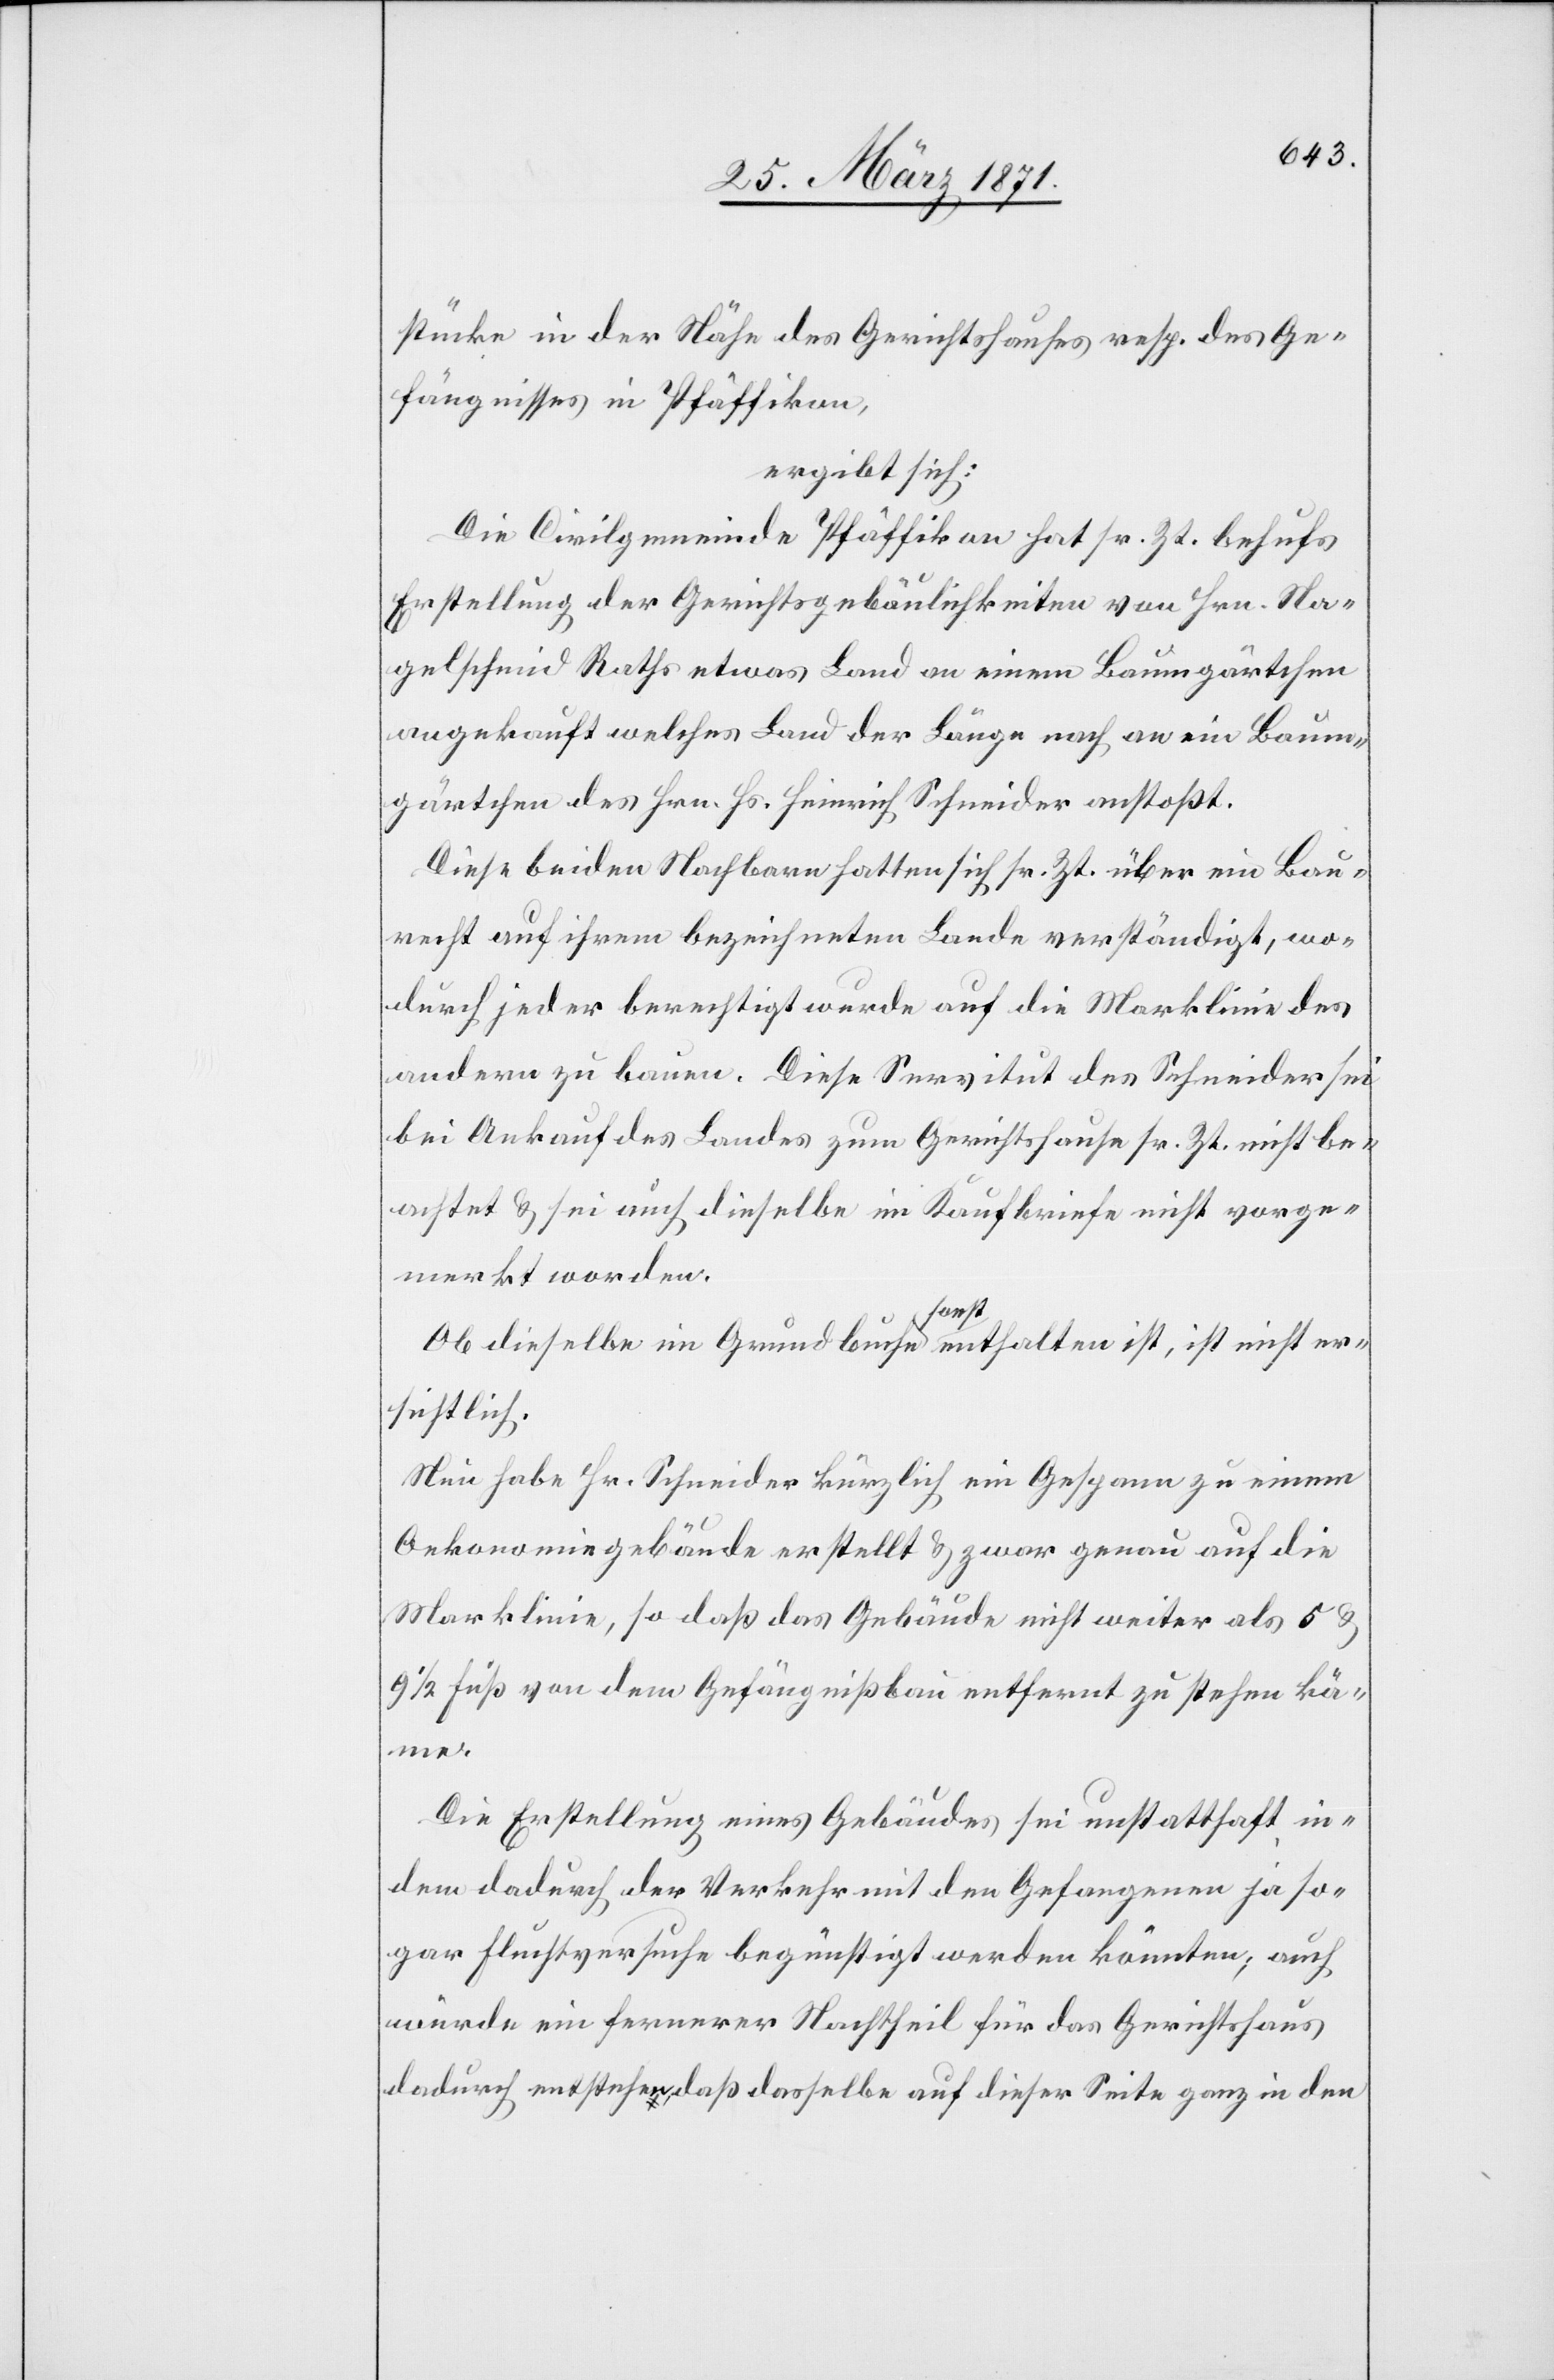
stücke in der Nähe des Gerichtshauses resp. des Ge¬
fängnisses in Pfäffikon,
ergibt sich:
Die Civilgemeinde Pfäffikon hat sr. Zt. behufs
Erstellung der Gerichtsgebäulichkeiten von Hrn. Na¬
gelschmid Raths etwas Land an einem Baumgärtchen
angekauft welches Land der Länge nach an ein Baum¬
gärtchen des Hrn. Hs. Heinrich Schneider anstoßt.
Diese beiden Nachbarn hatten sich sr. Zt. über ein Bau¬
recht auf ihrem bezeichneten Lande verständigt, wo¬
durch jeder berechtigt wurde auf die Marklinie des
andern zu bauen. Diese Servitut des Schneider sei
bei Ankauf des Landes zum Gerichtshause sr. Zt. nicht be¬
achtet u. sei auch dieselbe im Kaufbriefe nicht vorge¬
merkt worden.
Ob dieselbe im Grundbuche sonst enthalten ist, ist nicht er¬
sichtlich.
Nun habe Hr. Schneider kürzlich ein Gespann zu einem
Oekonomiegebäude erstellt u. zwar genau auf die
Marklinie, so daß das Gebäude nicht weiter als 5 u.
9 1/2 Fuß von dem Gefängnißbau entfernt zu stehen kä¬
me.
Die Erstellung eines Gebäudes sei unstatthaft in¬
dem dadurch der Verkehr mit den Gefangenen ja so¬
gar Fluchtversuche begünstigt werden könnten; auch
würde ein fernerer Nachtheil für das Gerichtshaus
dadurch entstehen, daß dasselbe auf dieser Seite ganz in den